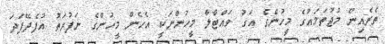
ތެރެއިން މުޖުތަމަޢުގެ މީހުންގެ އަގު ވައްޓާލާ މީހުންނަކީ އެހެން މީހުންގެ ނަފުރަތު އުފެދޭފަދަ